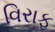
વિરાફ